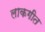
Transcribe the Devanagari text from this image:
लाकगीत